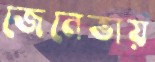
জেনেভায়